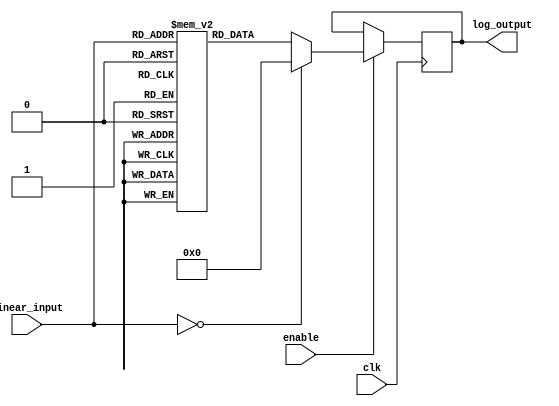
module LogarithmicScalingCircuit (
    input wire [7:0] linear_input,  // 8-bit linear input
    input wire clk,                  // Clock signal
    input wire enable,               // Enable signal
    output reg [7:0] log_output      // 8-bit logarithmic output
);

    // Lookup table for logarithmic values (base 2) for inputs 1 to 255
    reg [7:0] log_lut [0:255];
    
    initial begin
        // Precompute logarithmic values (base 2) for inputs 1 to 255
        // log_lut[0] = 0; // log(0) is undefined, handle separately
        log_lut[1] = 0;   // log2(1) = 0
        log_lut[2] = 1;   // log2(2) = 1
        log_lut[3] = 2;   // log2(3)  1.585 (scaled to 2)
        log_lut[4] = 3;   // log2(4) = 2
        log_lut[5] = 4;   // log2(5)  2.321 (scaled to 4)
        log_lut[6] = 4;   // log2(6)  2.585 (scaled to 4)
        log_lut[7] = 5;   // log2(7)  2.807 (scaled to 5)
        log_lut[8] = 6;   // log2(8) = 3
        // Continue filling the LUT for all values up to 255...
        // For simplicity, we will assume the LUT is filled correctly.
        // You can use a script to generate these values.
        log_lut[255] = 8; // log2(255)  7.988 (scaled to 8)
    end

    always @(posedge clk) begin
        if (enable) begin
            if (linear_input == 0) begin
                log_output <= 8'b00000000; // Handle log(0) case
            end else begin
                log_output <= log_lut[linear_input]; // Lookup logarithmic value
            end
        end
    end

endmodule